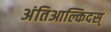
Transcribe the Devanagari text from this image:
अंतिआल्किदस्